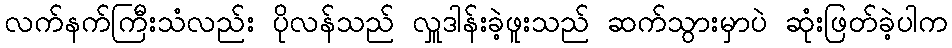
လက်နက်ကြီးသံလည်း ပိုလန်သည် လှူဒါန်းခဲ့ဖူးသည် ဆက်သွားမှာပဲ ဆုံးဖြတ်ခဲ့ပါက